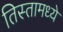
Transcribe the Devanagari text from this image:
तिस्तामध्ये